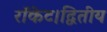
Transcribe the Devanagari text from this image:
रॉकेट।द्वितीय